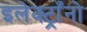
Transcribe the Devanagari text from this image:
इलेक्ट्राँनो